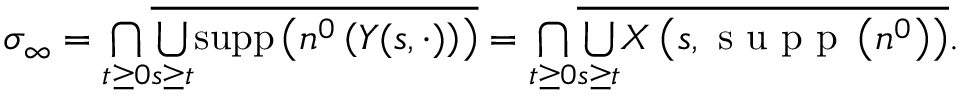
\begin{array} { r } { \sigma _ { \infty } = \underset { t \geq 0 } { \bigcap } \overline { { \underset { s \geq t } { \bigcup } \mathrm { s u p p } \left( n ^ { 0 } \left( Y ( s , \cdot ) \right) \right) } } = \underset { t \geq 0 } { \bigcap } \overline { { \underset { s \geq t } { \bigcup } X \left( s , \textrm { s u p p } \left( n ^ { 0 } \right) \right) } } . } \end{array}